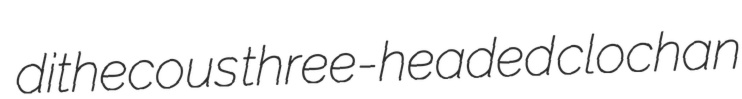
dithecous three-headed clochan